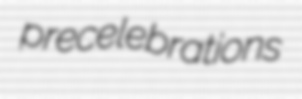
precelebrations